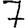
Digit: 7